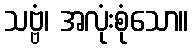
သဗ္ဗံ၊ အလုံးစုံသော။